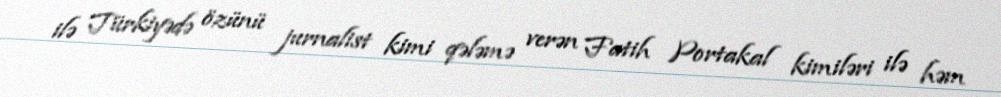
ilə Türkiyədə özünü jurnalist kimi qələmə verən Fatih Portakal kimiləri ilə həm